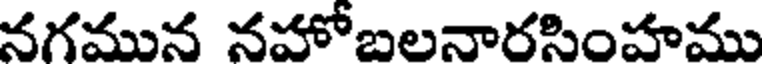
నగమున నహోబలనారసింహము